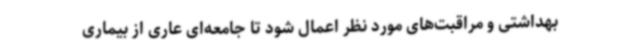
بهداشتی و مراقبت‌های مورد نظر اعمال شود تا جامعه‌ای عاری از بیماری